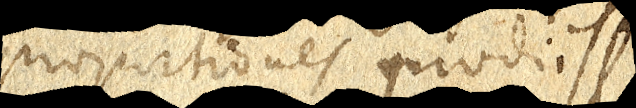
proportiones prodiisse,